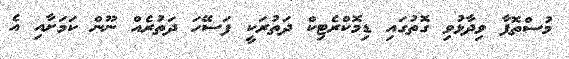
މުސްތޮފާ ވިދާޅުވި ގޮތުގައި ޑިމޮކްރެޓިކް ދަތުރަކީ ފަސޭހަ ދަތުރެއް ނޫން ކަމަށާއި އެ